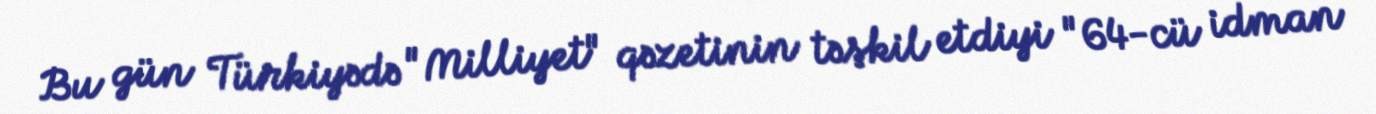
Bu gün Türkiyədə "Milliyet" qəzetinin təşkil etdiyi "64-cü idman